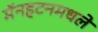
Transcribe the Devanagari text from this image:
मॅनहटनमधले